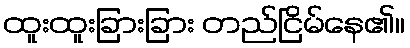
ထူးထူးခြားခြား တည်ငြိမ်နေ၏။